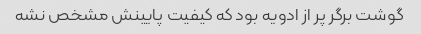
گوشت برگر پر از ادویه بود که کیفیت پایینش مشخص نشه